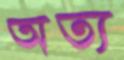
অত্য